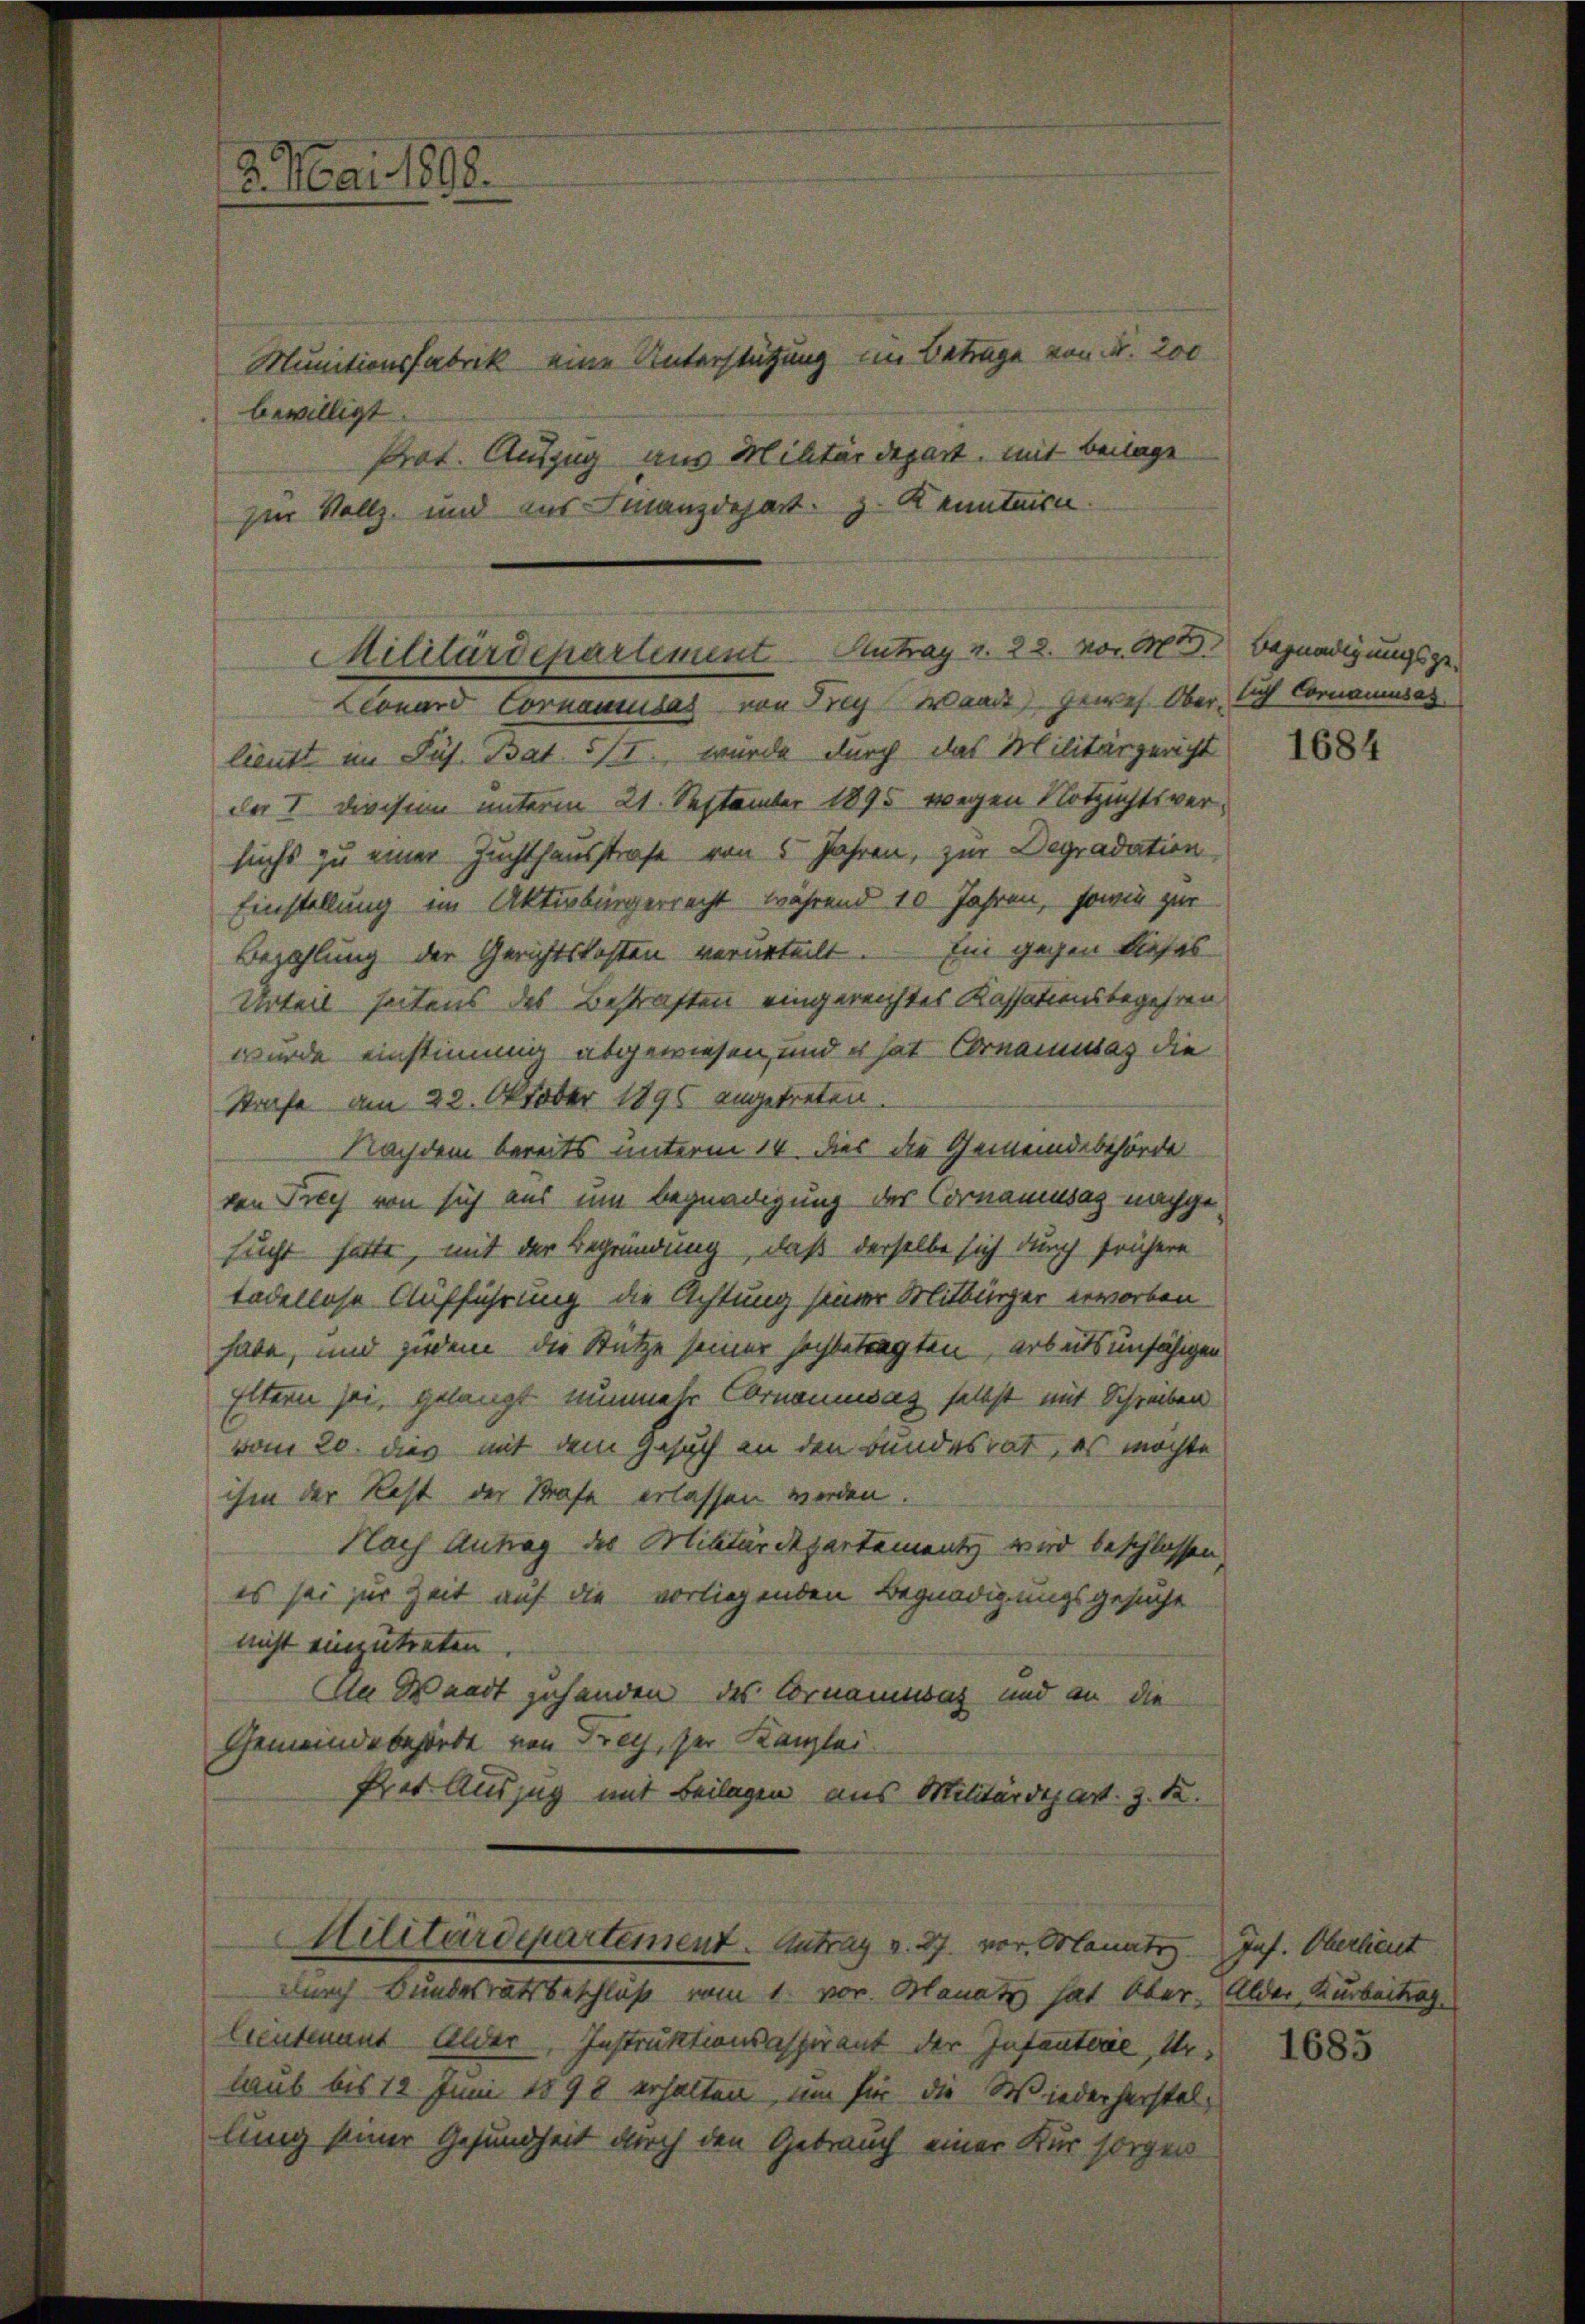
2. Mai 1888.

Munitionsfabrik eine Unterstützung im Betrage von Fr. 200
bewilligt
Prot. Auszug aus Militärdepart, mit Beilage
Im Vollz, und aus Finanzdepart z. Kennten.

Militärdepartement Antrag v. 22. vor 100. Begnadigungsge-
Ceonard Cornamusas von Frey Wande, gewes Ober, sich Cornamusas

lieutt im Sus. Bat 5/I., wurde durch das Militärgericht
der I. Diessen unterm 21. September 1895 wegen Notzichtsversichs zu einer Zuchthausstrafe von 5 Jahren, zur Degradation
Einstellung im Aktivbürgerrecht während 10 Jahren, sowie zur
Bezahlung der Gerichtskosten verurteilt. Ein gegen dieses
Urteil seitens des Bestraften eingereichtes Kassationsbegehren
wurde einstimme abgewiesen, und es hat Cornamissas die
Strafe am 22. Oktober 1895 angetreten.
Nachdem bereits unterm 14. dies die Gemeindebehörde
von Frey von sich aus um begnadigung der Cornamusaz nachge-
sucht hatte, mit der Begründung, daß derselbe sich durch frühere
tadellose Aufführung die Achtung seiner Mitbürger erworben
habe, und jedem die Stütze seiner hochbetragten, arbeitsunfähigen
Eltern sei, gelangt nunmehr Cornamusaz selbst mit Schreiben
vom 20. dies mit dem Gesuch an den Bundesrat, es möchte
ihm der Rest der Strafe erlassen werden.
Nach Antrag des Militärdepartementz wird beschlossen,
es sei zur Zeit auf die vorliegenden Begnadigungsgesucht
nicht einzutreten
n Waadt gehanden des Ornammat und an die
Gemeindebehörde von Frey, der Kanzlei.
Prer Auszug mit Beilagen aus Militärdepart. z. S.
Militärdepartement. Antrag v. 27. vor. Manatsz
durch Bundesratsbeschluß vom 1. vor. Manatz hat aber. Alder Kurbeitrag
Lieutenant Alder, Instruktionsgespirant der Infanterie, Ur
laub bis 12 Juni 1898 erhalten, um für die Wiederherstellung seiner Gesundheit durch den Gebrauch einer Kur sorgen

1684

Jnf. Oberlieut.

1685